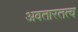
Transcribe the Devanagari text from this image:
अवतारतत्व